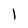
Character: I